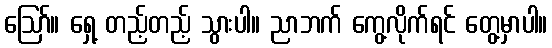
ဪ။ ရှေ့ တည့်တည့် သွားပါ။ ညာဘက် ကွေ့လိုက်ရင် တွေ့မှာပါ။